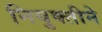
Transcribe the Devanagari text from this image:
नियुक्तीने